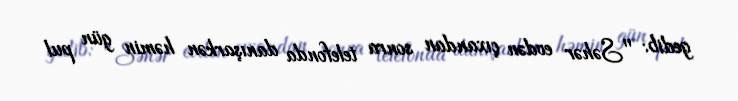
gedib: "Səhər evdən çıxandan sonra telefonda danışarkən həmin gün pul